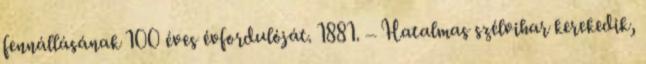
fennállásának 100 éves évfordulóját. 1881. – Hatalmas szélvihar kerekedik,